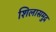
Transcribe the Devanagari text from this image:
शिलासमुद्र